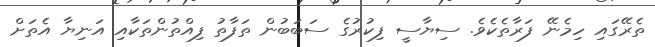
ތެރޭގައި ހިމެނޭ ފަރާތެކެވެ. ސިޔާސީ ފިކުރުގެ ސަބަބުން ތަފާތު ފިއްތުންތަކާއި އަނިޔާ އެތަށް